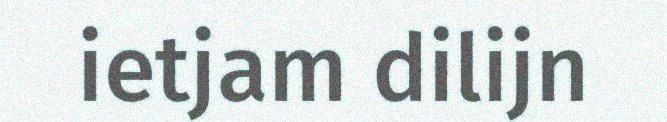
ietjam dilijn